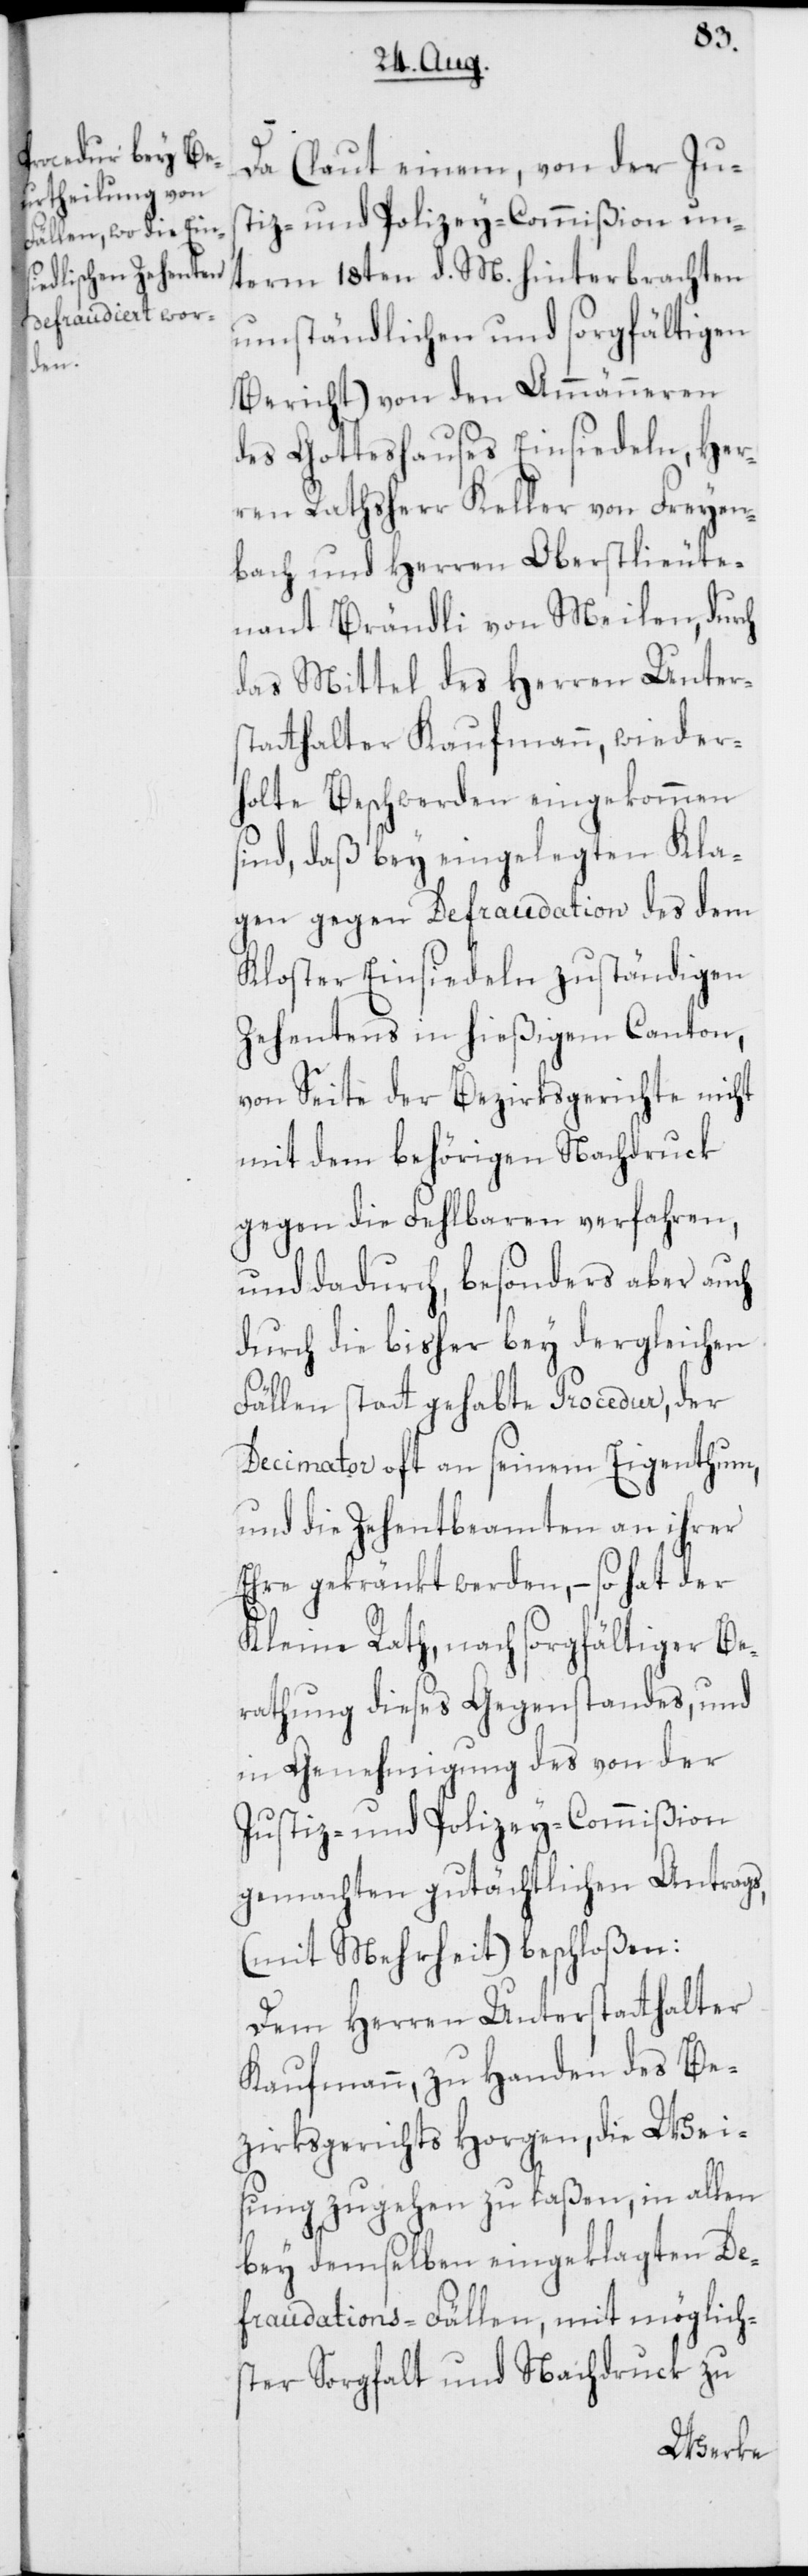
Da (laut einem, von der Ju¬
stiz- und Polizey-Commißion un¬
term 18ten d. M. hinterbrachten
umständlichen und sorgfältigen
Bericht) von den Ammänneren
des Gotteshauses Einsiedeln, Her¬
ren Rathsherr Keller von Freyen¬
bach und Herren Oberstlieute¬
nant Brändli von Meilen, durch
das Mittel des Herren Unters¬
tatthalter Kaufmann, wieder¬
holte Berschwerden eingekommen
sind, daß bey eingelegten Kla¬
gen gegen Defraudation des dem
Kloster Einsiedeln zuständigen
Zehentens in hießigem Canton,
von Seite der Bezirksgerichte nicht
mit dem behörigen Nachdruck
gegen die Fehlbaren verfahren,
und dadurch, besonders aber auch
durch die bisher bey dergleichen
Fällen statt gehabte Procedur, der
Decimator oft an seinem Eigenthum,
und die Zehentbeamten an ihrer
Ehre gekränkt werden, – so hat der
Kleine Rath, nach sorgfältiger Be¬
rathung dieses Gegenstandes, und
in Genehmigung des von der
Justiz- und Polizey-Commißion
gemachten gutächtlichen Antrags,
(mit Mehrheit) beschloßen:
Dem Herren Unterstatthalter
Kaufmann, zu Handen des Be¬
zirksgerichts Horgen, die Wei¬
sung zugehen zu laßen, in allen
bey demselben eingeklagten De¬
fraudations-Fällen, mit möglich¬
ster Sorgfalt und Nachdruck zu